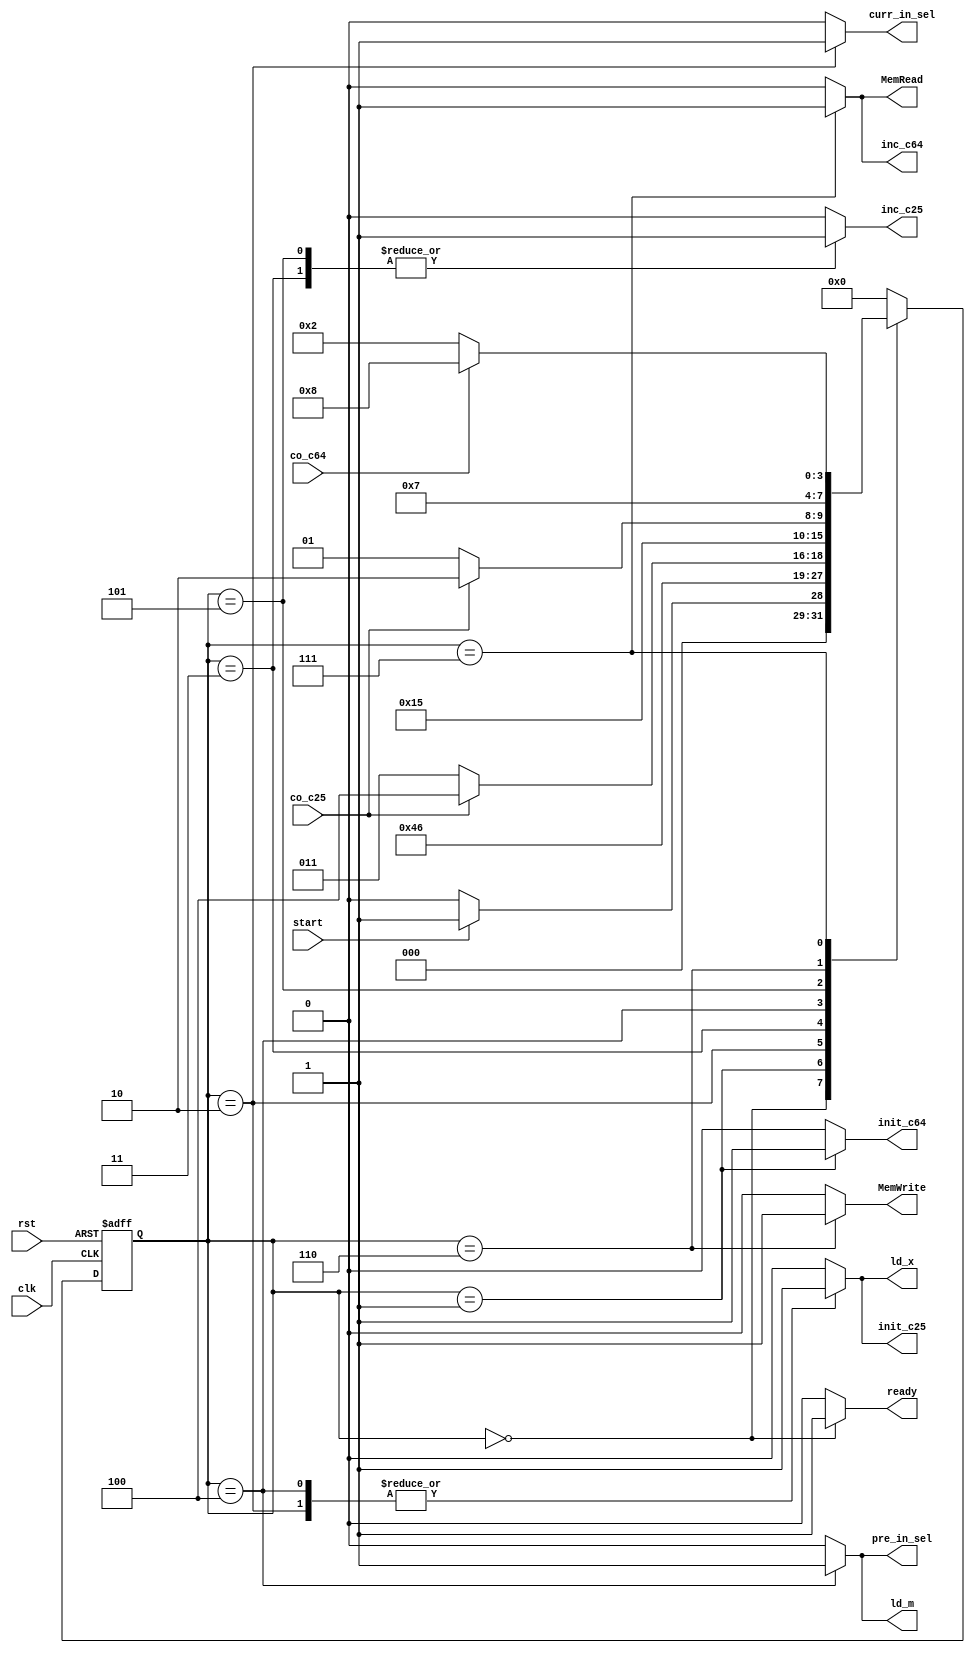
`timescale 1ns/1ns
module colParity_CU (
    input clk, rst, start, co_c64, co_c25,
    output reg ready, init_c64, inc_c64, init_c25,
     inc_c25, ld_x, pre_in_sel, curr_in_sel, ld_m, MemWrite, MemRead
);
    parameter[3:0] idle=0, init_counter64=1, load_curr_input=2, compute_first_parity=3, load_pre_input=4, compute_second_parity=5,
     write_in_memory=6, read_memory=7, done =8;
    reg[3:0] pstate, nstate;

    always@ (start, co_c64, co_c25, pstate) begin

        nstate = 4'b0;
        {ready, init_c64, inc_c64, init_c25, inc_c25, ld_x, pre_in_sel, curr_in_sel, ld_m, MemWrite, MemRead} = 11'b0;

        case(pstate)
            idle                 :begin nstate = start ? init_counter64 : idle; ready=1'b1; end
            init_counter64       :begin nstate = load_curr_input; init_c64=1'b1; end
            load_curr_input      :begin nstate = compute_first_parity; ld_x=1'b1; curr_in_sel=1'b1; init_c25=1'b1; end
            compute_first_parity :begin nstate = co_c25 ? load_pre_input : compute_first_parity; inc_c25=1'b1; end
	        load_pre_input       :begin nstate = compute_second_parity; ld_x=1'b1; ld_m=1'b1; init_c25=1'b1; pre_in_sel=1'b1; end
            compute_second_parity:begin nstate = co_c25 ? write_in_memory : compute_second_parity; inc_c25=1'b1; end
            write_in_memory      :begin nstate = read_memory; MemWrite=1'b1; end
			read_memory          :begin nstate = co_c64 ? done : load_curr_input; MemRead=1'b1; inc_c64=1'b1; end
			done                 :begin nstate = idle; end
            //read_memory          :begin nstate = idle; MemRead=1'b1; end
        endcase

    end

    always@ (posedge clk, posedge rst) begin
        if(rst)
            pstate <= idle;
        else
            pstate <= nstate;
    end        

endmodule